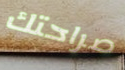
صراحتك